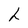
Character: h